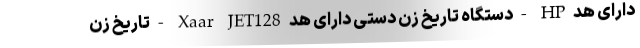
دارای هد HP - دستگاه تاریخ زن دستی دارای هد Xaar JET128 - تاریخ زن